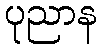
ပုညာန